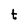
Character: t